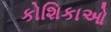
કોશિકાઓ